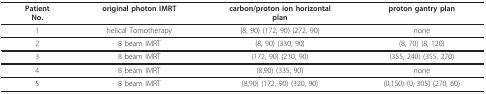
<table><thead><tr><td><b>PatientNo.</b></td><td><b>original photon IMRT</b></td><td><b>carbon/proton ion horizontalplan</b></td><td><b>proton gantry plan</b></td></tr></thead><tbody><tr><td>1</td><td>helical Tomotherapy</td><td>(8, 90) (172, 90) (272, 90)</td><td>none</td></tr><tr><td>2</td><td>8 beam IMRT</td><td>(8, 90) (330, 90)</td><td>(8, 70) (8, 120)</td></tr><tr><td>3</td><td>8 beam IMRT</td><td>(172, 90) (210, 90)</td><td>(355, 240) (355, 270)</td></tr><tr><td>4</td><td>8 beam IMRT</td><td>(8,90) (335, 90)</td><td>none</td></tr><tr><td>5</td><td>8 beam IMRT</td><td>(8,90) (172, 90) (320, 90)</td><td>(0,150) (0, 305) (270, 60)</td></tr></tbody></table>